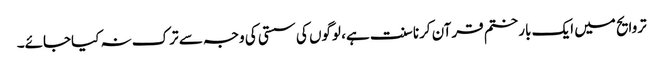
تروایح میں ایک بار ختم قرآن کرنا سنت ہے، لوگوں کی سستی کی وجہ سے ترک نہ کیاجائے۔